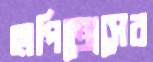
হাপিত্যেসের